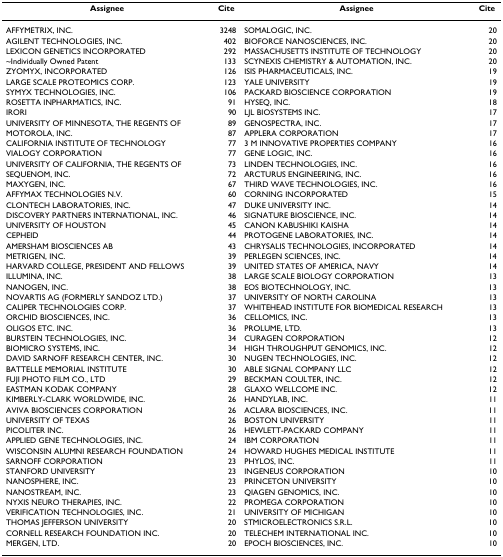
<table><thead><tr><td><b>Assignee</b></td><td><b>Cite</b></td><td><b>Assignee</b></td><td><b>Cite</b></td></tr></thead><tbody><tr><td>AFFYMETRIX, INC.</td><td>3248</td><td>SOMALOGIC, INC.</td><td>20</td></tr><tr><td>AGILENT TECHNOLOGIES, INC.</td><td>402</td><td>BIOFORCE NANOSCIENCES, INC.</td><td>20</td></tr><tr><td>LEXICON GENETICS INCORPORATED</td><td>292</td><td>MASSACHUSETTS INSTITUTE OF TECHNOLOGY</td><td>20</td></tr><tr><td>~Individually Owned Patent</td><td>133</td><td>SCYNEXIS CHEMISTRY &amp; AUTOMATION, INC.</td><td>20</td></tr><tr><td>ZYOMYX, INCORPORATED</td><td>126</td><td>ISIS PHARMACEUTICALS, INC.</td><td>19</td></tr><tr><td>LARGE SCALE PROTEOMICS CORP.</td><td>123</td><td>YALE UNIVERSITY</td><td>19</td></tr><tr><td>SYMYX TECHNOLOGIES, INC.</td><td>106</td><td>PACKARD BIOSCIENCE CORPORATION</td><td>19</td></tr><tr><td>ROSETTA INPHARMATICS, INC.</td><td>91</td><td>HYSEQ, INC.</td><td>18</td></tr><tr><td>IRORI</td><td>90</td><td>LJL BIOSYSTEMS INC.</td><td>17</td></tr><tr><td>UNIVERSITY OF MINNESOTA, THE REGENTS OF</td><td>89</td><td>GENOSPECTRA, INC.</td><td>17</td></tr><tr><td>MOTOROLA, INC.</td><td>87</td><td>APPLERA CORPORATION</td><td>17</td></tr><tr><td>CALIFORNIA INSTITUTE OF TECHNOLOGY</td><td>77</td><td>3 M INNOVATIVE PROPERTIES COMPANY</td><td>16</td></tr><tr><td>VIALOGY CORPORATION</td><td>77</td><td>GENE LOGIC, INC.</td><td>16</td></tr><tr><td>UNIVERSITY OF CALIFORNIA, THE REGENTS OF</td><td>73</td><td>LINDEN TECHNOLOGIES, INC.</td><td>16</td></tr><tr><td>SEQUENOM, INC.</td><td>72</td><td>ARCTURUS ENGINEERING, INC.</td><td>16</td></tr><tr><td>MAXYGEN, INC.</td><td>67</td><td>THIRD WAVE TECHNOLOGIES, INC.</td><td>16</td></tr><tr><td>AFFYMAX TECHNOLOGIES N.V.</td><td>60</td><td>CORNING INCORPORATED</td><td>15</td></tr><tr><td>CLONTECH LABORATORIES, INC.</td><td>47</td><td>DUKE UNIVERSITY INC.</td><td>14</td></tr><tr><td>DISCOVERY PARTNERS INTERNATIONAL, INC.</td><td>46</td><td>SIGNATURE BIOSCIENCE, INC.</td><td>14</td></tr><tr><td>UNIVERSITY OF HOUSTON</td><td>45</td><td>CANON KABUSHIKI KAISHA</td><td>14</td></tr><tr><td>CEPHEID</td><td>44</td><td>PROTOGENE LABORATORIES, INC.</td><td>14</td></tr><tr><td>AMERSHAM BIOSCIENCES AB</td><td>43</td><td>CHRYSALIS TECHNOLOGIES, INCORPORATED</td><td>14</td></tr><tr><td>METRIGEN, INC.</td><td>39</td><td>PERLEGEN SCIENCES, INC.</td><td>14</td></tr><tr><td>HARVARD COLLEGE, PRESIDENT AND FELLOWS</td><td>39</td><td>UNITED STATES OF AMERICA, NAVY</td><td>14</td></tr><tr><td>ILLUMINA, INC.</td><td>38</td><td>LARGE SCALE BIOLOGY CORPORATION</td><td>13</td></tr><tr><td>NANOGEN, INC.</td><td>38</td><td>EOS BIOTECHNOLOGY, INC.</td><td>13</td></tr><tr><td>NOVARTIS AG (FORMERLY SANDOZ LTD.)</td><td>37</td><td>UNIVERSITY OF NORTH CAROLINA</td><td>13</td></tr><tr><td>CALIPER TECHNOLOGIES CORP.</td><td>37</td><td>WHITEHEAD INSTITUTE FOR BIOMEDICAL RESEARCH</td><td>13</td></tr><tr><td>ORCHID BIOSCIENCES, INC.</td><td>36</td><td>CELLOMICS, INC.</td><td>13</td></tr><tr><td>OLIGOS ETC. INC.</td><td>36</td><td>PROLUME, LTD.</td><td>13</td></tr><tr><td>BURSTEIN TECHNOLOGIES, INC.</td><td>34</td><td>CURAGEN CORPORATION</td><td>12</td></tr><tr><td>BIOMICRO SYSTEMS, INC.</td><td>34</td><td>HIGH THROUGHPUT GENOMICS, INC.</td><td>12</td></tr><tr><td>DAVID SARNOFF RESEARCH CENTER, INC.</td><td>30</td><td>NUGEN TECHNOLOGIES, INC.</td><td>12</td></tr><tr><td>BATTELLE MEMORIAL INSTITUTE</td><td>30</td><td>ABLE SIGNAL COMPANY LLC</td><td>12</td></tr><tr><td>FUJI PHOTO FILM CO., LTD</td><td>29</td><td>BECKMAN COULTER, INC.</td><td>12</td></tr><tr><td>EASTMAN KODAK COMPANY</td><td>28</td><td>GLAXO WELLCOME INC.</td><td>12</td></tr><tr><td>KIMBERLY-CLARK WORLDWIDE, INC.</td><td>26</td><td>HANDYLAB, INC.</td><td>11</td></tr><tr><td>AVIVA BIOSCIENCES CORPORATION</td><td>26</td><td>ACLARA BIOSCIENCES, INC.</td><td>11</td></tr><tr><td>UNIVERSITY OF TEXAS</td><td>26</td><td>BOSTON UNIVERSITY</td><td>11</td></tr><tr><td>PICOLITER INC.</td><td>26</td><td>HEWLETT-PACKARD COMPANY</td><td>11</td></tr><tr><td>APPLIED GENE TECHNOLOGIES, INC.</td><td>24</td><td>IBM CORPORATION</td><td>11</td></tr><tr><td>WISCONSIN ALUMNI RESEARCH FOUNDATION</td><td>24</td><td>HOWARD HUGHES MEDICAL INSTITUTE</td><td>11</td></tr><tr><td>SARNOFF CORPORATION</td><td>23</td><td>PHYLOS, INC.</td><td>11</td></tr><tr><td>STANFORD UNIVERSITY</td><td>23</td><td>INGENEUS CORPORATION</td><td>10</td></tr><tr><td>NANOSPHERE, INC.</td><td>23</td><td>PRINCETON UNIVERSITY</td><td>10</td></tr><tr><td>NANOSTREAM, INC.</td><td>23</td><td>QIAGEN GENOMICS, INC.</td><td>10</td></tr><tr><td>NYXIS NEURO THERAPIES, INC.</td><td>22</td><td>PROMEGA CORPORATION</td><td>10</td></tr><tr><td>VERIFICATION TECHNOLOGIES, INC.</td><td>21</td><td>UNIVERSITY OF MICHIGAN</td><td>10</td></tr><tr><td>THOMAS JEFFERSON UNIVERSITY</td><td>20</td><td>STMICROELECTRONICS S.R.L.</td><td>10</td></tr><tr><td>CORNELL RESEARCH FOUNDATION INC.</td><td>20</td><td>TELECHEM INTERNATIONAL INC.</td><td>10</td></tr><tr><td>MERGEN, LTD.</td><td>20</td><td>EPOCH BIOSCIENCES, INC.</td><td>10</td></tr></tbody></table>